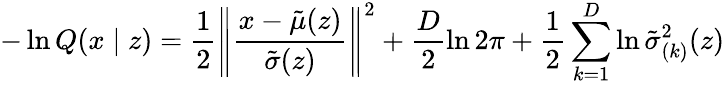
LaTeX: -\ln Q(x\mid z)=\frac{1}{2}\left\| \frac{x-{\tilde{\mu}}(z)}{{\tilde{\sigma}}(z)}\right\| ^{2}+\frac{D}{2}\ln 2\pi+\frac{1}{2}\sum_{k=1}^{D}\ln{\tilde{\sigma}}_{(k)}^{2}(z)